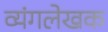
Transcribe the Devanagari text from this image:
व्यंगलेखक